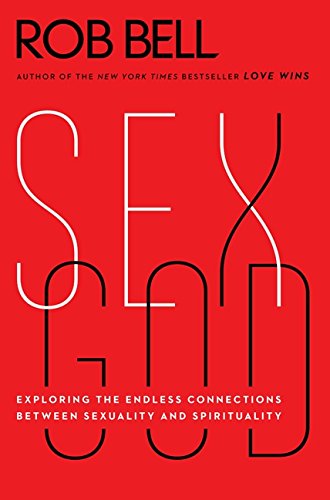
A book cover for Sex God: Exploring the Endless Connections Between Sexuality and Spirituality; Rob Bell; Religion & Spirituality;